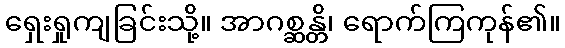
ရှေးရှုကျခြင်းသို့။ အာဂစ္ဆန္တိ၊ ရောက်ကြကုန်၏။